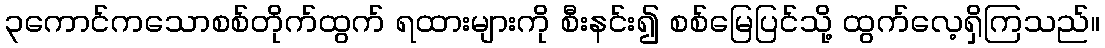
၃ကောင်ကသောစစ်တိုက်ထွက် ရထားများကို စီးနင်း၍ စစ်မြေပြင်သို့ ထွက်လေ့ရှိကြသည်။